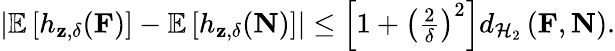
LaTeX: \begin{array}{r}{\left|\mathbb{E}\left[h_{\mathbf{z},\delta}(\mathbf{F})\right]-\mathbb{E}\left[h_{\mathbf{z},\delta}(\mathbf{N})\right]\right|\leq\left[1+\left(\frac{2}{\delta}\right)^{2}\right]d_{\mathcal{H}_{2}}\left(\mathbf{F},\mathbf{N}\right).}\end{array}